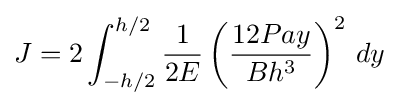
J=2\int _{-h/2}^{h/2}{\frac {1}{2E}}\left({\frac {12Pay}{Bh^{3}}}\right)^{2}\,dy